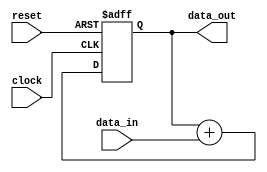
module behavioral_model(
    input wire clock,
    input wire reset,
    input wire [7:0] data_in,
    output reg [7:0] data_out
);

reg [7:0] state;

always @(posedge clock or negedge reset) begin
    if (!reset) begin
        state <= 8'b00000000;
    end else begin
        // Combinational logic here
        state <= state + data_in;
    end
end

assign data_out = state;

endmodule